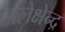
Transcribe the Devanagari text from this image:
अलेक्षेन्द्र